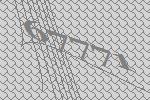
67771